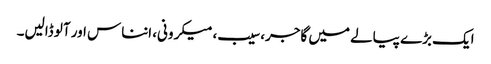
ایک بڑے پیالے میں گاجر، سیب، میکرونی، انناس اور آلو ڈالیں۔